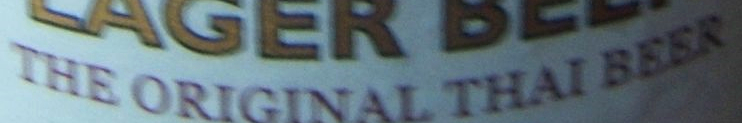
THE ORIGINAL THAI BEER